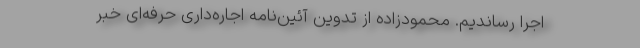
اجرا رساندیم. محمودزاده از تدوین آئین‌نامه اجاره‌داری حرفه‌ای خبر